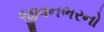
જીવનભરનો